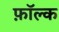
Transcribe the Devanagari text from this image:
फ़ॉल्क